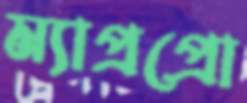
ম্যাপ্রপ্রো